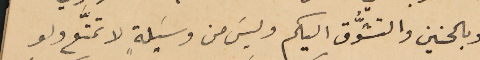
وبالحنين والتشوُّق اليكم وليسَ من وسَيلةٍ لا تمتَّع ولو